Account of plague administration in the Bombay Presidency from September 1896 till May 1897
Year: 1896
Disease focus: Plague
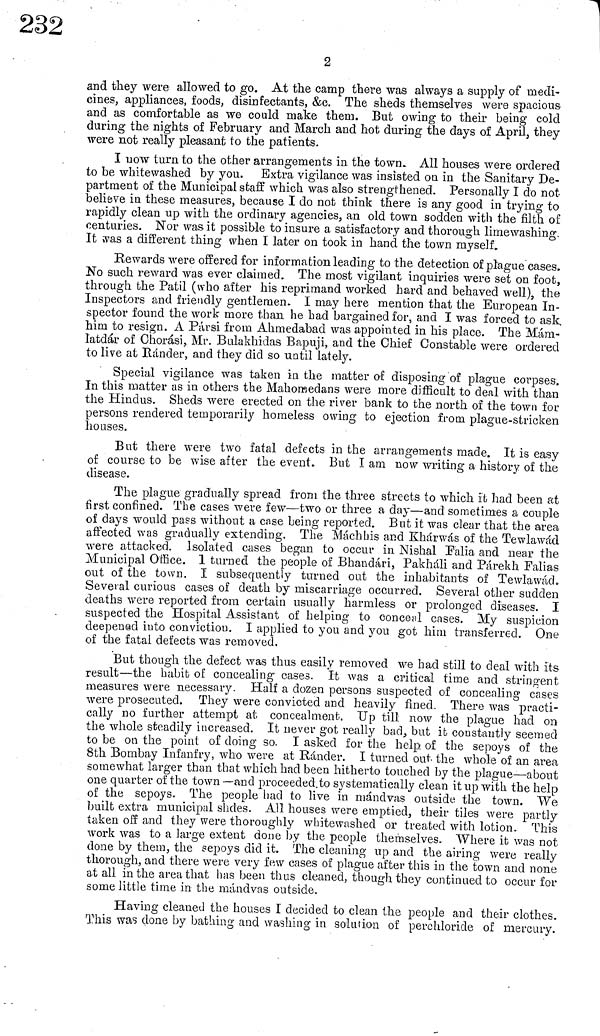
2
and they were allowed to go. At the camp there was always a supply of medi-
cines, appliances, foods, disinfectants, &c. The sheds themselves were spacious
and as comfortable as we could make them. But owing to their being cold
during the nights of February and March and hot during the days of April, they
were not really pleasant to the patients.
I now turn to the other arrangements in the town. All houses were ordered
to be whitewashed by you. Extra vigilance was insisted on in the Sanitary De-
partment of the Municipal staff which was also strengthened. Personally I do not
believe in these measures, because I do not think there is any good in trying to
rapidly clean up with the ordinary agencies, an old town sodden with the filth of
centuries. Nor was it possible to insure a satisfactory and thorough limewashing.
It was a different thing when I later on took in hand the town myself.
Rewards were offered for information leading to the detection of plague cases.
No such reward was ever claimed. The most vigilant inquiries were set on foot,
through the Patil (who after his reprimand worked hard and behaved well), the
Inspectors and friendly gentlemen. I may here mention that the European In-
spector found the work more than he had bargained for, and I was forced to ask.
him to resign. A Pársi from Ahmedabad was appointed in his place. The Mám-
latdár of Chorási, Mr. Bulakhidas Bapuji, and the Chief Constable were ordered
to live at Rander, and they did so until lately.
Special vigilance was taken in the matter of disposing of plague corpses.
In this matter as in others the Mahomedans were more difficult to deal with than
the Hindus. Sheds were erected on the river bank to the north of the town for
persons rendered temporarily homeless owing to ejection from plague-stricken
houses.
But there were two fatal defects in the arrangements made. It is easy
of course to be wise after the event. But I am now writing a history of the
disease.
The plague gradually spread from the three streets to which it had been at
first confined. The cases were few—two or three a day—and sometimes a couple
of days would pass without a case being reported. But it was clear that the area
affected was gradually extending. The Máchhis and Kharwas of the Tewlawad
were attacked. Isolated cases began to occur in Nishal Falia and near the
Municipal Office. 1 turned the people of Bhandári, Pakháli and Párekh Falias
out of the town. I subsequently turned out the inhabitants of Tewlawad.
Several curious cases of death by miscarriage occurred. Several other sudden
deaths were reported from certain usually harmless or prolonged diseases. I
suspected the Hospital Assistant of helping to conceal cases. My suspicion
deepened into conviction. I applied to you and yon got him transferred. One
of the fatal defects was removed.
But though the defect was thus easily removed we had still to deal with its
result—the habit of concealing cases. It was a critical time and stringent
measures were necessary. Half a dozen persons suspected of concealing cases
were prosecuted. They were convicted and heavily fined. There was practi-
cally no further attempt at concealment. Up till now the plague had on
the whole steadily increased. It never got really bad, but it constantly seemed
to be on the point of doing so. I asked for the help, of the sepoys of the
8th Bombay Infanfry, who were at Ránder. I turned out, the whole of an area
somewhat larger than that which had been hitherto touched by the plague—about
one quarter of the town —and proceeded.to systematically clean it up with the help
of the sepoys. The people had to live in mándvas outside the town. "We
built extra municipal slides. All houses were emptied, their tiles were partly
taken off and they were thoroughly whitewashed or treated with lotion. This
work was to a large extent done by the people themselves. Where it was not
done by them, the sepoys did it. The cleaning up and the airing were really
thorough, and there were very few cases of plague after this in the town and none
at all in the area that has been thus cleaned, though they continued to occur for
some little time in the mandvas outside.
Having cleaned the houses I decided to clean the people and their clothes.
This was done by bathing and washing in solution of perohloride of mercury.